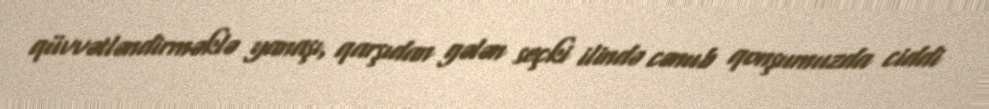
qüvvətləndirməklə yanaşı, qarşıdan gələn seçki ilində cənub qonşumuzda ciddi